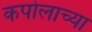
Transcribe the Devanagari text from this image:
कपोलाच्या